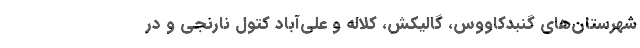
شهرستان‌های گنبدکاووس، گالیکش، کلاله و علی‌آباد کتول نارنجی و در